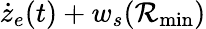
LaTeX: \dot{z}_{e}(t)+w_{s}(\mathcal{R}_{\textrm{min}})